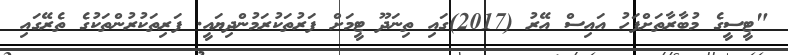
"ޓީސީގެ މުބާރާތަށްފަހު އައިސް އޭރު (2017)ގައި ތިނަދޫ ޓީމަށް ފަރުތަކުރަމުންދިޔައީ. ފަރިތަކުރުންތަކުގެ ތެރޭގައި